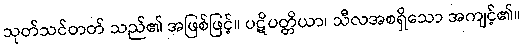
သုတ်သင်တတ် သည်၏ အဖြစ်ဖြင့်။ ပဋိပတ္တိယာ၊ သီလအစရှိသော အကျင့်၏။